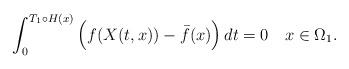
LaTeX: \begin{align*} \int_0^{T_1 \circ H(x)} \Big( f(X(t, x)) - \bar f(x) \Big) \, dt = 0 \ \ \ x \in \Omega_1.\end{align*}